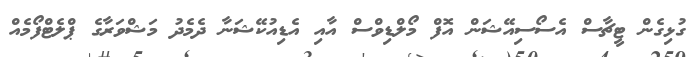
ގުޅިގެން ޓީޗާސް އެސޯސިއޭޝަން އޮފް މޯލްޑިވްސް އާއި އެޑިއުކޭޝަނާ ދެމެދު މަޝްވަރާގެ ޕްލެޓްފޯމެއް